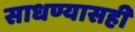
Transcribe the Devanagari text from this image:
साधण्यासही